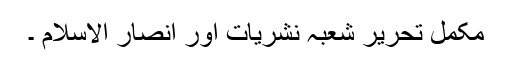
مکمل تحریر شعبہ نشریات اور انصار الاسلام ۔